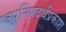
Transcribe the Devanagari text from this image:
उपनिषदर्थप्रकाश